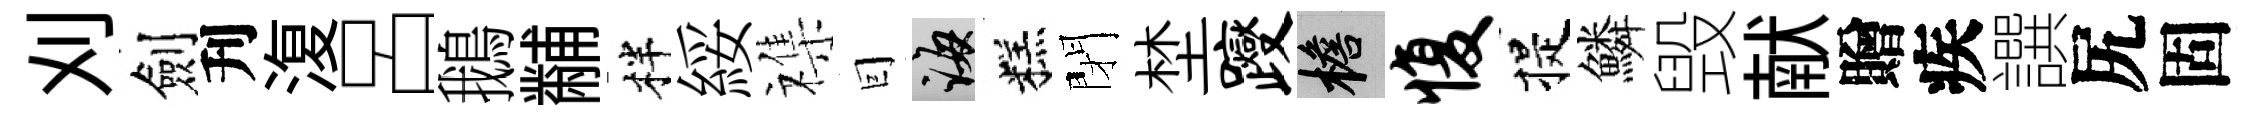
刈劍刋𣸪呂鵝黼柈綏襍囙誨糕閉埜躞檐愎提鱗毁献贈疾譔尻固